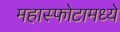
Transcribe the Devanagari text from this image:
महास्फोटामध्ये